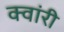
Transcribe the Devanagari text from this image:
क्वांरी